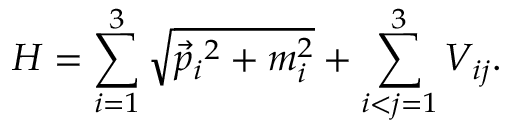
H = \sum _ { i = 1 } ^ { 3 } \sqrt { \vec { p } _ { i } { } ^ { 2 } + m _ { i } ^ { 2 } } + \sum _ { i < j = 1 } ^ { 3 } V _ { i j } .